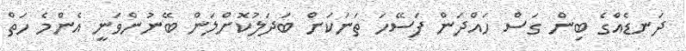
ދަނޑެއްގެ ބިން ގަސް ހައްދަން ފަސޭހަ ތަނަކަށް ބަދަލުކޮށްލަން ބޭނުންވަނީ އެންމެ ހަތް